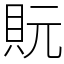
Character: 貦